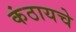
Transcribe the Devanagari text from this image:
कंठायचे